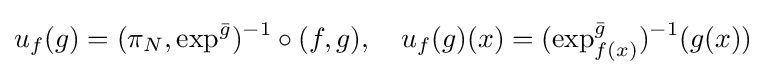
u_{f}(g)=(\pi _{N},\exp ^{\bar {g}})^{-1}\circ (f,g),\quad u_{f}(g)(x)=(\exp _{f(x)}^{\bar {g}})^{-1}(g(x))